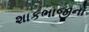
શાકભાજીનો